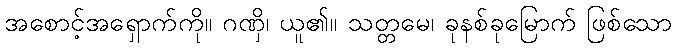
အစောင့်အရှောက်ကို။ ဂဏှိ၊ ယူ၏။ သတ္တမေ၊ ခုနစ်ခုမြောက် ဖြစ်သော